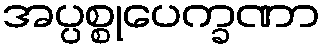
အပ္ပစ္စုပေက္ခဏာ